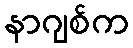
နာဂျစ်က